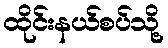
ထိုင်းနယ်စပ်သို့